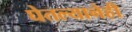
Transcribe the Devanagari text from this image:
घेतल्यानेही